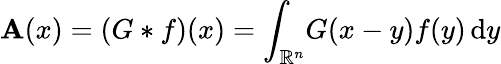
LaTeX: \mathbf{A}(x)=(G*f)(x)=\int_{\mathbb{{R}}^{n}}\! G(x-y)f(y)\, \mathrm{{d}}y